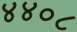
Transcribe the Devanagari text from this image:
४४०८